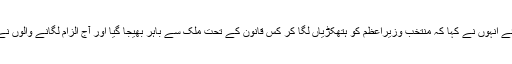
1999ء میں اپنی حکومت کا تختہ الٹائے جانے کا ذکر کرتے ہوئے انہوں نے کہا کہ منتخب وزیراعظم کو ہتھکڑیاں لگا کر کس قانون کے تحت ملک سے باہر بھیجا گیا اور آج الزام لگانے والوں نے آئین کی کون سی شق کے تحت فوجی آمر کے ہاتھ پر بیعت کی۔